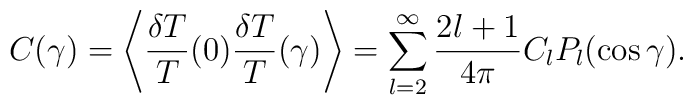
C(\gamma) =\left\langle \frac{\delta T}{T}(0)\frac{\delta T}{T}(\gamma)\right\rangle =\sum_{l=2}^{\infty} \frac{2l+1}{4\pi} C_{l} P_{l}(\cos \gamma).